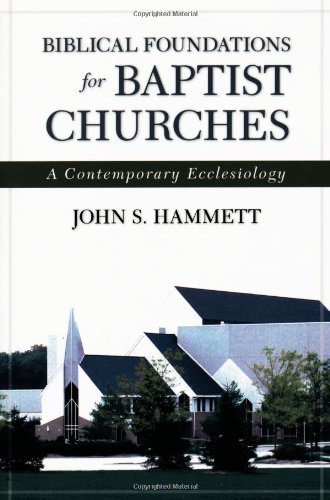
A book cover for Biblical Foundations for Baptist Churches: A Contemporary Ecclesiology; John S. Hammett; Christian Books & Bibles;